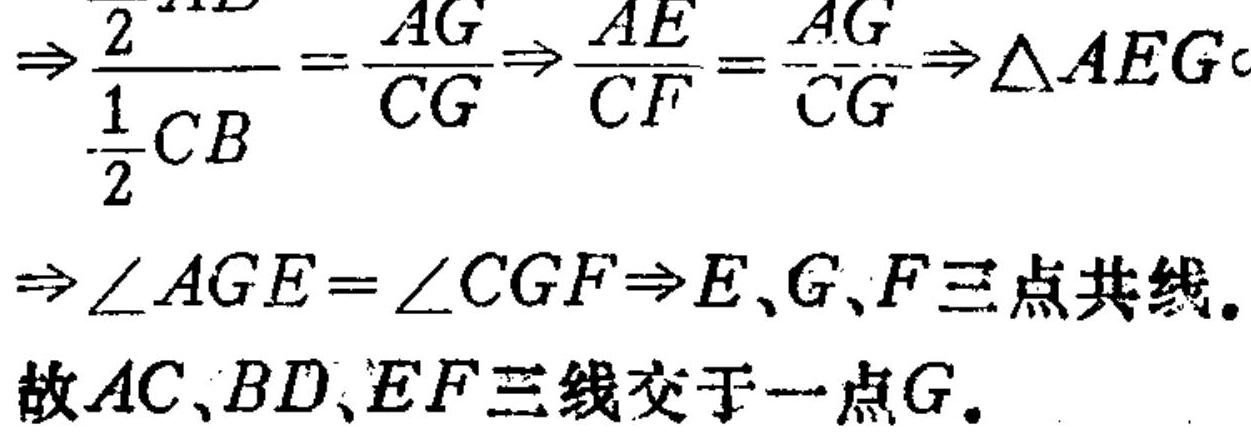
$\Rightarrow\frac{2}{\frac{1}{2}CB}=\frac{AG}{CG}\Rightarrow\frac{AE}{CF}=\frac{AG}{CG}\Rightarrow\triangle AEG\sim\\
\Rightarrow\angle AGE = \angle CGF\Rightarrow E、G、F三点共线.$
故$AC、BD、EF三线交于一点G.$